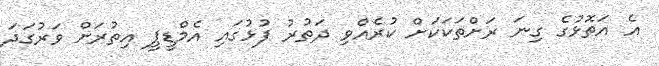
އެ އަތޮޅުގެ ގިނަ ރަށްތަކަކަށް ކުރެއްވި ދަތުރު ފުޅުގައި އެމްޑީޕީ އިތުރަށް ވަރުގަދަ